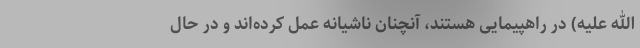
الله علیه) در راهپیمایی هستند، آنچنان ناشیانه عمل کرده‌اند و در حال